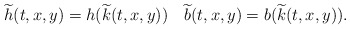
\begin{align*} \widetilde h(t,x,y)=h( \widetilde k(t,x,y))\quad \widetilde b(t,x,y)=b( \widetilde k(t,x,y)). \end{align*}